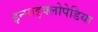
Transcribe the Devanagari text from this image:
इन्साइक्लोपेडिया